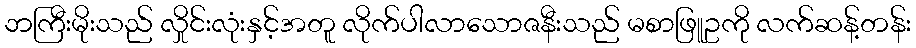
ဘကြီးမိုးသည် လှိုင်းလုံးနှင့်အတူ လိုက်ပါလာသောဇနီးသည် မစာဖြူဥကို လက်ဆန့်တန်း